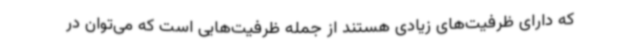
که دارای ظرفیت‌های زیادی هستند از جمله ظرفیت‌هایی است که می‌توان در